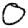
Digit: 0